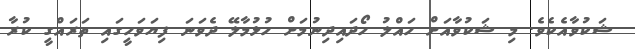
ޝަކުވާއެކެވެ. މި ޝަކުވާއަށް ހައްލު ހޯދައިދިނުމަށް ހުޅުމާލޭ ދެވަނަ ފިޔަވަހީގައި ތަރައްގީ ކުރާ